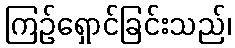
ကြဉ်ရှောင်ခြင်းသည်၊